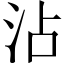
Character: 沾